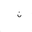
Letter: _non